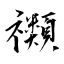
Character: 禷